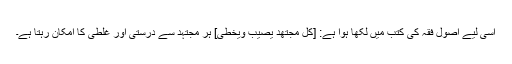
اسی لیے اصول فقہ کی کتب میں لکھا ہوا ہے: [کُلُّ مُجْتَھِدٍ یُصِیبُ وَیُخْطِیُٔ] ہر مجتہد سے درستی اور غلطی کا امکان رہتا ہے۔